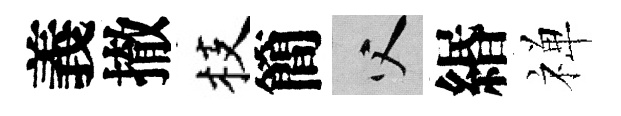
義撤枝簡父緡禅